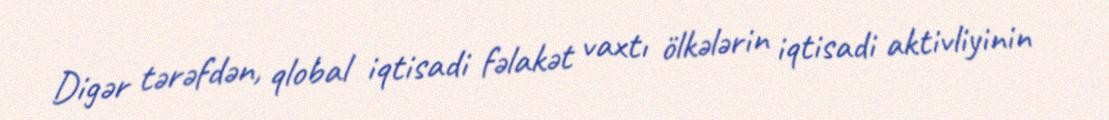
Digər tərəfdən, qlobal iqtisadi fəlakət vaxtı ölkələrin iqtisadi aktivliyinin